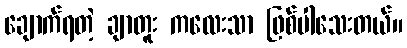
ချောက်ရတဲ့ ချာတူး ကလေးသာ ဖြစ်ပါသေးတယ်။